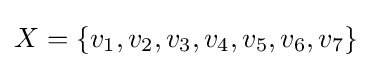
X=\{v_{1},v_{2},v_{3},v_{4},v_{5},v_{6},v_{7}\}